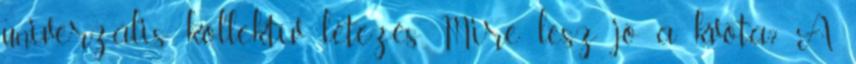
univerzális kollektív létezés Mire lesz jó a kvóta? A